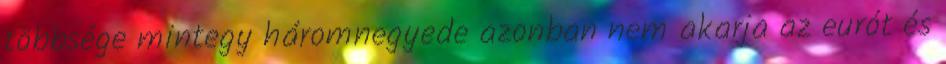
többsége mintegy háromnegyede azonban nem akarja az eurót és